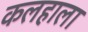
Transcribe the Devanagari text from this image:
कलहाला